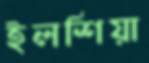
ইলশিয়া